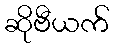
ဆိုဗီယက်